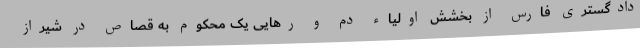
دادگستری فارس از بخشش اولیاء دم و رهایی یک محکوم به قصاص در شیراز